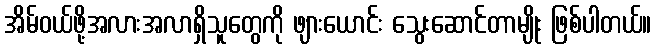
အိမ်ဝယ်ဖို့အလားအလာရှိသူတွေကို ဖျားယောင်း သွေးဆောင်တာမျိုး ဖြစ်ပါတယ်။